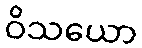
ဝိသယော